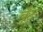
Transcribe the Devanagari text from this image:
बूँट